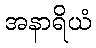
အနာရိယံ